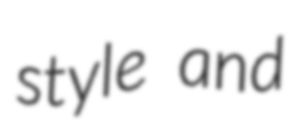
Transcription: style and